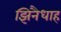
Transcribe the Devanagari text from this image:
झिनैधाह